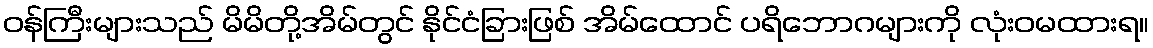
ဝန်ကြီးများသည် မိမိတို့အိမ်တွင် နိုင်ငံခြားဖြစ် အိမ်ထောင် ပရိဘောဂများကို လုံးဝမထားရ။